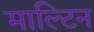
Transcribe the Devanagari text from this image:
माल्टिन